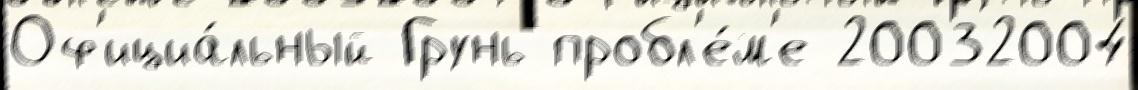
Оф'ициа́льный Грунь пробл'е́м'е 20032004